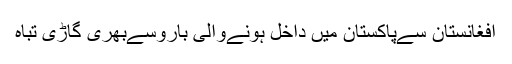
افغانستان سےپاکستان میں داخل ہونےوالی باروسےبھری گاڑی تباہ